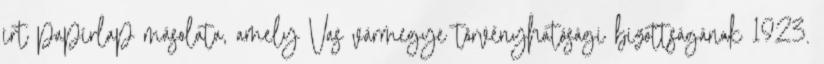
írt papírlap másolata, amely Vas vármegye törvényhatósági bizottságának 1923.